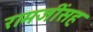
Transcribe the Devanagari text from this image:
रामजींसह